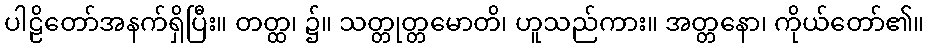
ပါဠိတော်အနက်ရှိပြီး။ တတ္ထ၊ ၌။ သတ္တုတ္တမောတိ၊ ဟူသည်ကား။ အတ္တနော၊ ကိုယ်တော်၏။